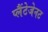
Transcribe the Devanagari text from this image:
प्लैंटेजेनट